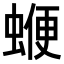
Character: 𧍲